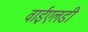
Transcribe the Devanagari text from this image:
वाईएलडी